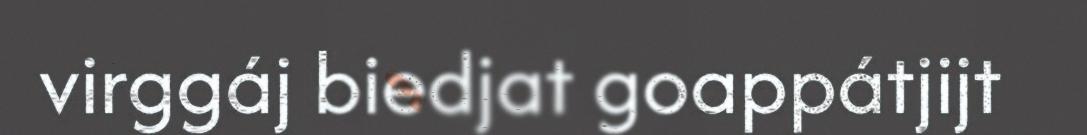
virggáj biedjat goappátjijt